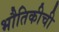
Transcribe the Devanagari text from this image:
भौतिकीची